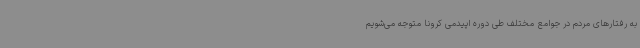
به رفتارهای مردم در جوامع مختلف طی دوره اپیدمی کرونا متوجه می‌شویم